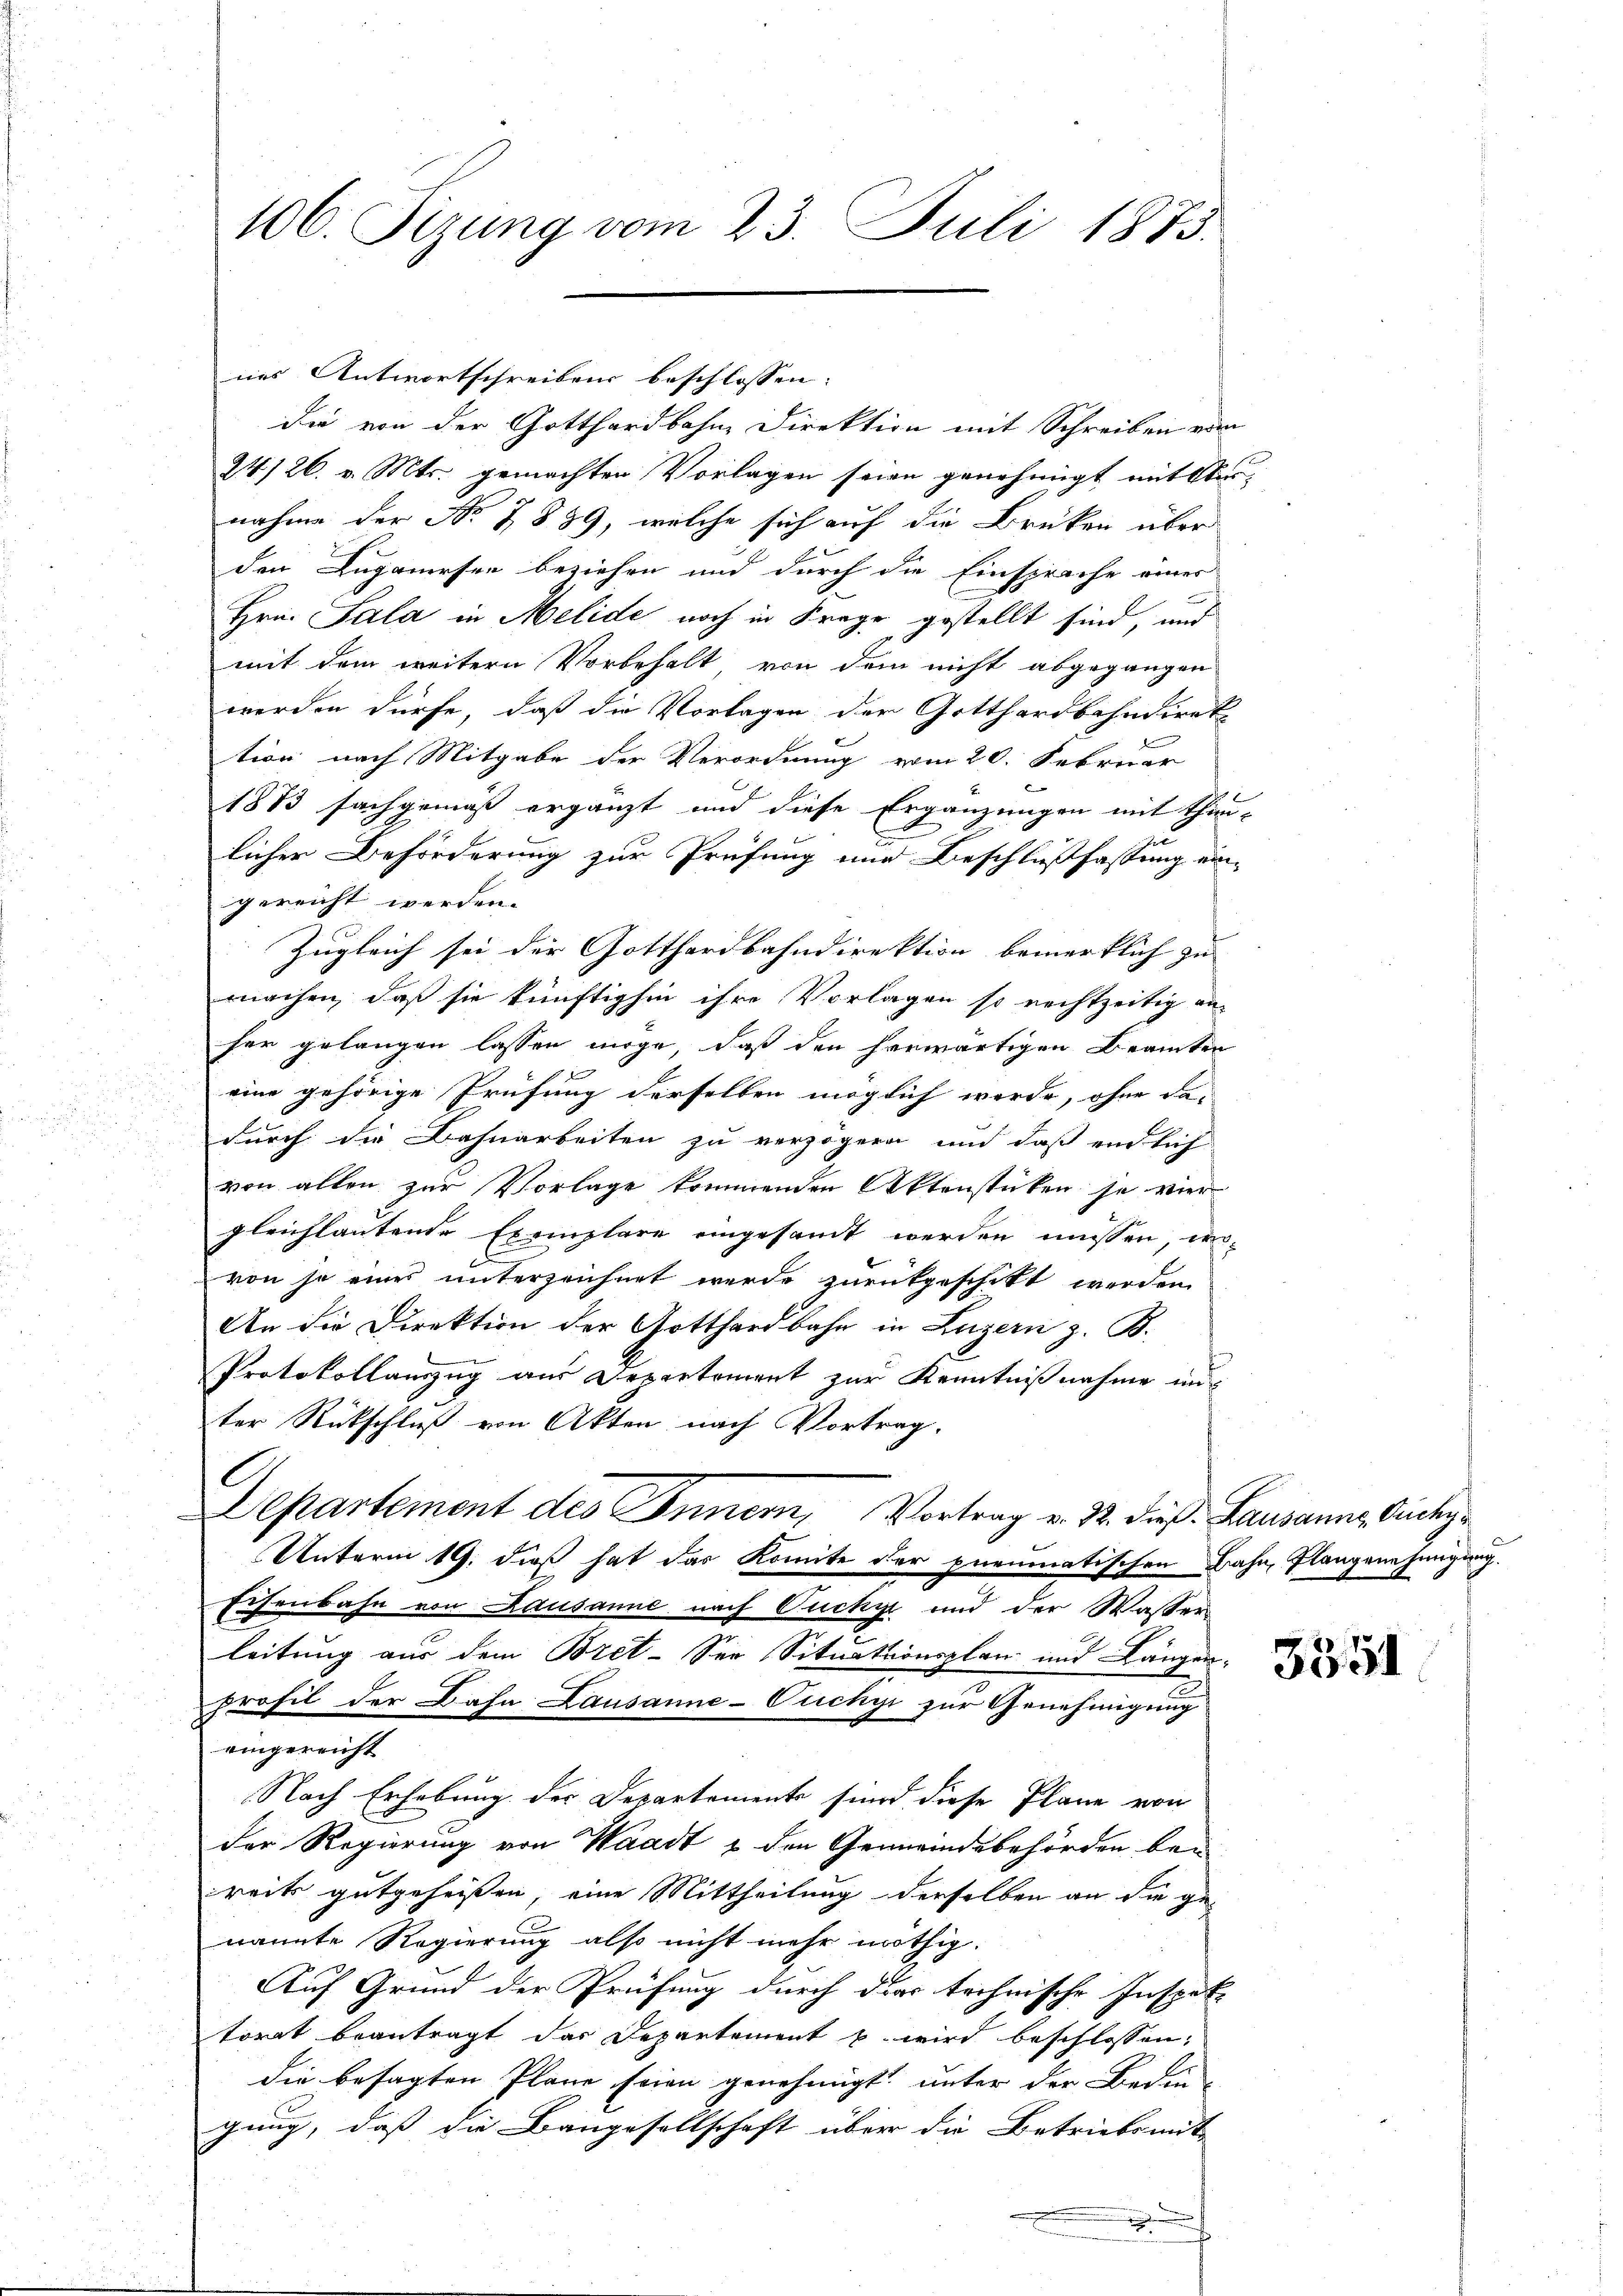
106. Sizung vom 23. Juli 1873.

die von der Gotthardbahne Direktion mit Schreiben ein
24/26. v. Mts. gemachten Vorlagen seien genehmigt mit Ver-
nahme der No 7889, welche sich auf die Brüken über
den Luganersen beziehen und durch die Einsprache eines
Hrn. Sala in Melide noch in Frage gestellt sind, und
mit dem weitern Vorbehalt von dem nicht abgegangen
werden dürfe, daß die Vorlagen der Gotthardbahndiret
tion nach Mitgabe der Verordnung vom 20. Februar
1873 sachgemäß ergänzt und diese Ergänzungen mit Thun-
licher Beförderung zur Prüfung und Beschlußfassung ein-
gereicht werden.
Zugleich sei der Gotthardbahndirektion bemerklich zu
machen, daß sie künftighin ihre Vorlagen so rechtzeitig an
her gelangen lassen möge, daß den herwärtigen Beamten
eine gehörige Prüfung derselben möglich werde, ohne da-
durch die Bahnarbeiten zu verzögern und daß endlich
von allen zur Vorlage kommenden Aktenstücken je vier
gleichlautende Exemplare eingesamt werden müssen, wo-
von je eines unterzeichnet werde zurückgeschikt werden
An die Direktion der Gotthardbahn in Luzern z. B.
Protokollauszug aus Departement zur Kenntnißnahme un
ter Rückschluß von Akten nach Vortrag.
A
Departement des Innern, Vortrag v. 22. dieß. Lausanne Gichy
Unterm 19. dieß hat das Komite der pneumatischen Bahn, Plangenehmigung.
Eisenbahn von Kausanne nach Ouchy und der Wasser
leitung aus dem Bret- See Situationsplan und Längen
profil der Dahn Lausanne-Cuckyi zur Genehmigung
eingereicht
Nach Erhebung der Departements sind diese Pläne von
der Regierung von Waadt & den Gemeindebehörden bei
reits gutgeheissen, eine Mittheilung derselben an die ge-
nannte Regierung also nicht mehr nöthig.
Auf Grund der Prüfung durch der technische Inspete
torat beantragt das Departement u. wird beschlossen:
die besagten Plane seien genehmigt unter der Bedin
gung, daß die Baugesellschaft über die Betriebsmit-
.

nes Antwortschreibens beschlossen: